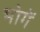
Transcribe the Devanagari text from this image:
भोगें